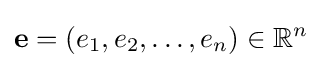
\mathbf {e} =(e_{1},e_{2},\dots ,e_{n})\in \mathbb {R} ^{n}